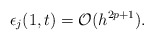
\begin{align*}\epsilon_j(1,t) = \mathcal{O}(h^{2p+1}).\end{align*}